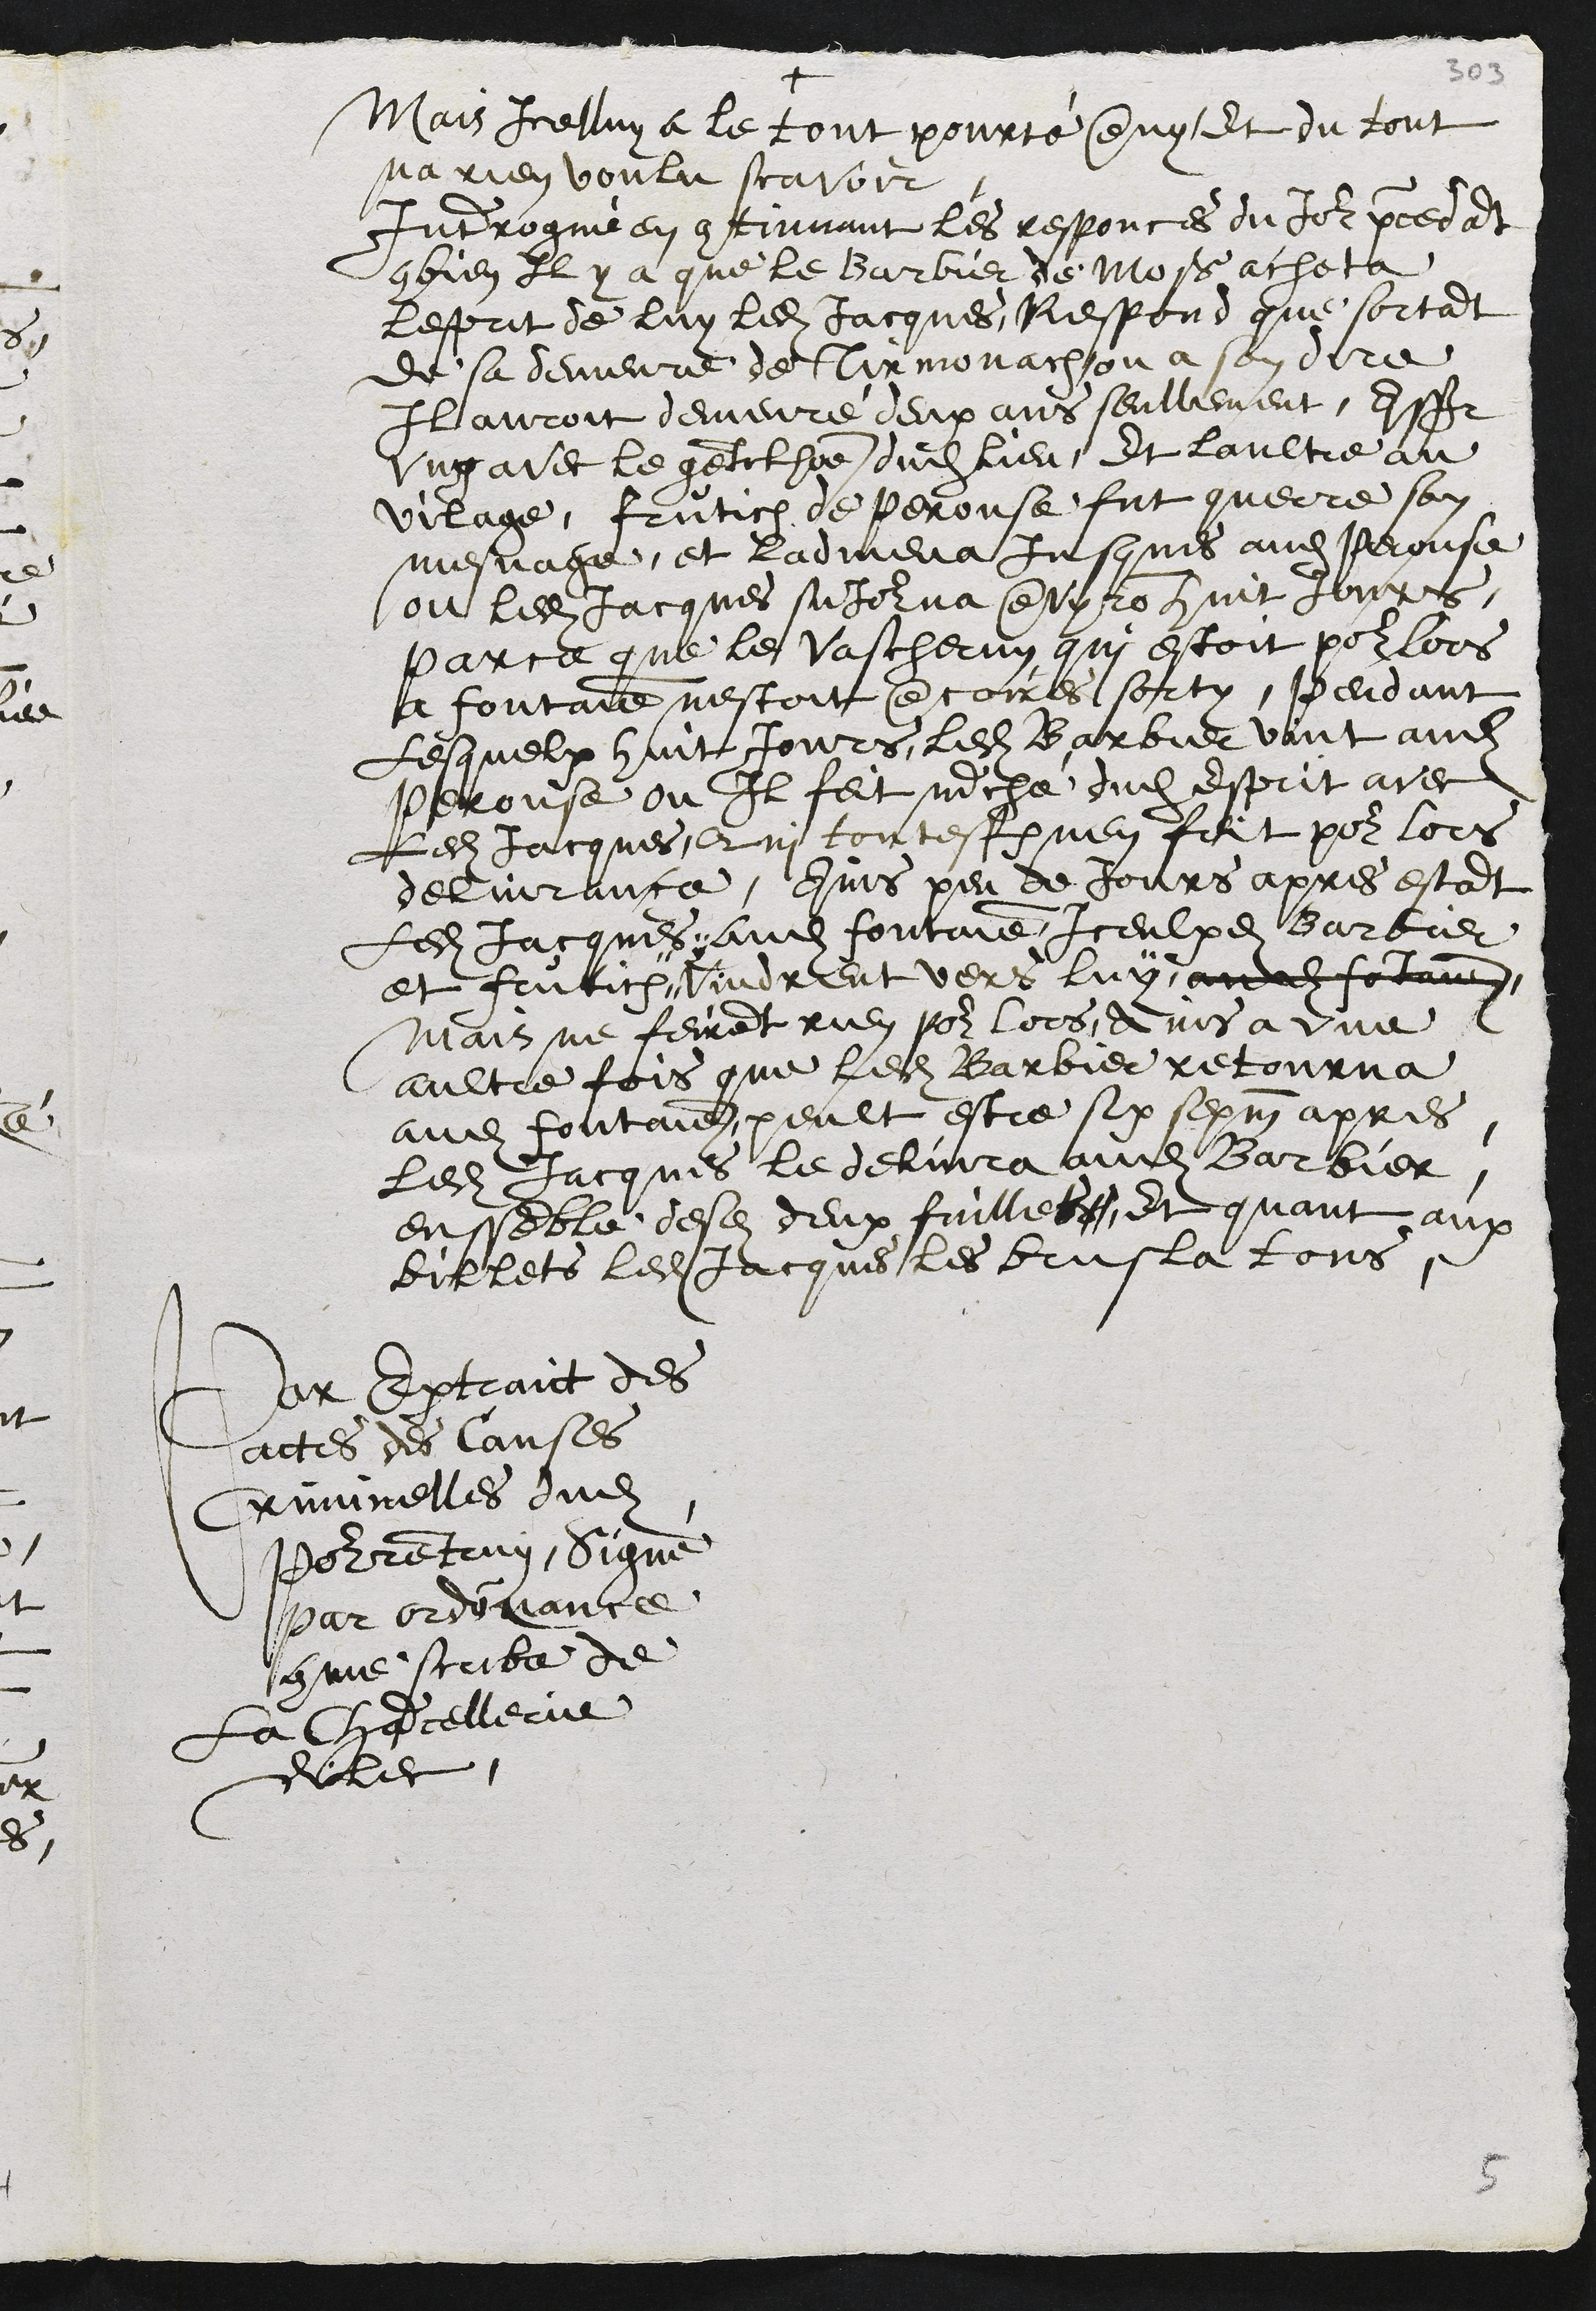
+
Mais Icelluy a le tout pourté deny, Et du tout
na rien voulu scavoir.
Interrogué en continuant les responces du Jour precedant
combien Il y a que le Barbier de Mos acheta
lesprit de luy ledit Jacques, Respond que sortant
de sa demeure de Tirmonach ou a son dire
Il auroit demeuré deux ans seullement, assavoir
ung avec le gentilhome dudit lieu, Et laultre au
village, Frutich de Perouse fut querre son
mesnage, et ladmena jusques audit Perouse
ou ledit Jacques sejourna environ huit jours,
parce que le vascherun qui estoit pour lors
a fontaine nestoit encorres sorty, pendant
Lesquelx huit Jours, ledit Barbier vint audit
Perouse ou Il feit marché dudit Esprit avec
Ledit Jacques, Qui toutesfois nen feit pour lors
delivrance, Ains peu de Jours apres estant
Ledit Jacques audit fontaine Iceulxdits Barbier
et Frutich vindrent vers luy audit fontaine
Mais ne feirent rien pour lors, Ains a une
aultre fois que ledit Barbier retourna
audit Fontaine peult estre six sepm apres,
ledit Jacques le delivra audit Barbier
enssemble desdites deux fuilles, Et quant aux
billets ledit Jacques les brusla tous
Par extrait des
actes des Causes
Criminelles dudit
Pourrentruy, signé
par ordonnance
comme scribe de
La Chancellerie
dilec,

5